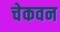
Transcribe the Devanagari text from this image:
चेकवन